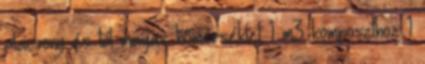
alacsony és túl magas hőmérséklet 1 m3 komposzthoz 1